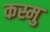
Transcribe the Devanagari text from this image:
कस्मु